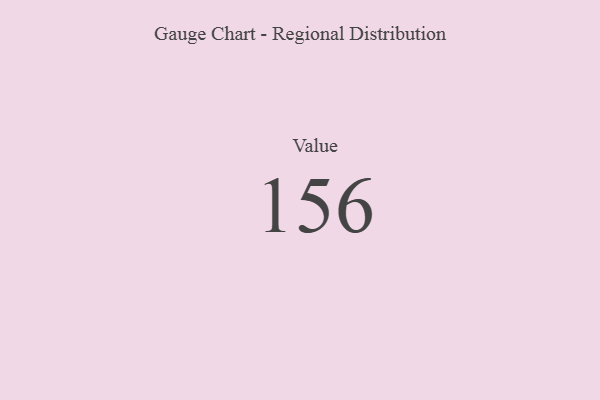
{"axis": {"x": "Metric", "y": "Value"}, "legend": [""], "data": [{"x": "Value", "y": 156, "type": ""}]}